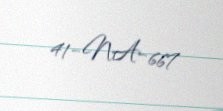
41-NA-667